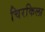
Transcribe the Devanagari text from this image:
चिरकिला